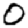
Digit: 0